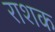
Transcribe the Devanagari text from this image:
राशक